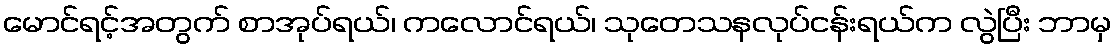
မောင်ရင့်အတွက် စာအုပ်ရယ်၊ ကလောင်ရယ်၊ သုတေသနလုပ်ငန်းရယ်က လွဲပြီး ဘာမှ